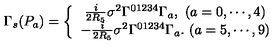
\Gamma _ { s } ( P _ { a } ) = \left\{ \begin{array} { c } { \frac { i } { 2 R _ { 5 } } \sigma ^ { 2 } \Gamma ^ { 0 1 2 3 4 } \Gamma _ { a } , \ ( a = 0 , \cdots , 4 ) } \\ { - \frac { i } { 2 R _ { 5 } } \sigma ^ { 2 } \Gamma ^ { 0 1 2 3 4 } \Gamma _ { a } . \ ( a = 5 , \cdots , 9 ) } \\ \end{array} \right.